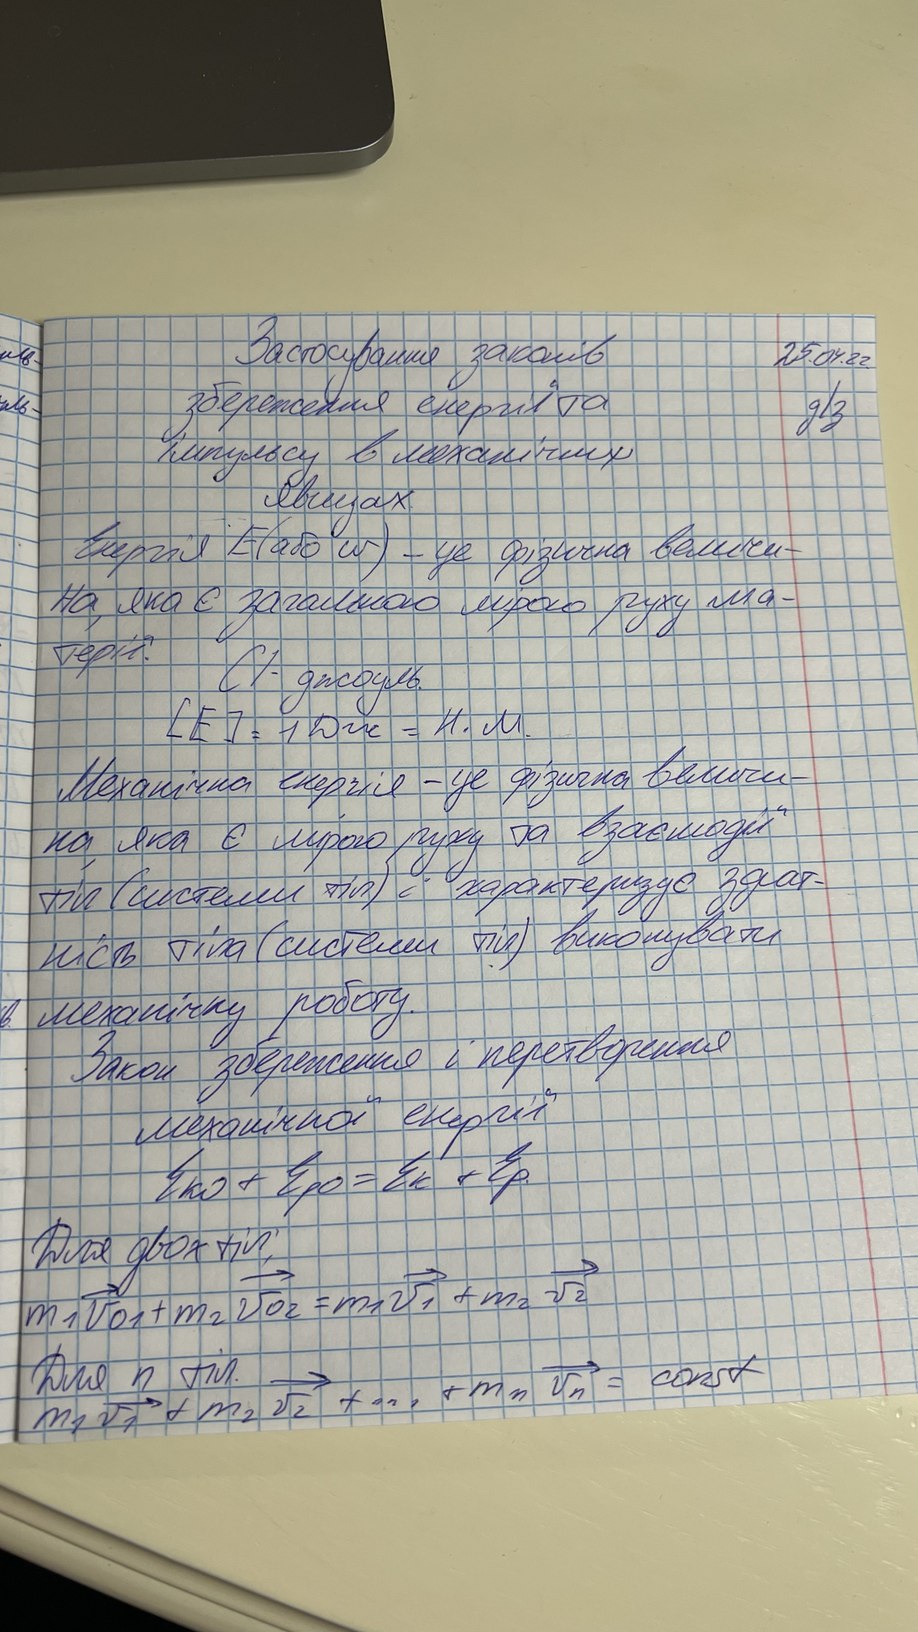
Застосування законів
иль-
25.04.22
збереження енергії та
ль-
д/з
імпульсу в механічних
явищах.
Енергія E (або w ) - це фізична величи-
на, яка є загалною мірою руху ма-
терії.
Сl - джоуль.
[E] = 1 Дж = Н.M.
Механічна енергія - це фізична величи-
на, яка є мірою руху та взаємодії
тіл (системи тіл) і характеризує здат-
нісь тіла (системи тіл) виконувати
механічну роботу.
в.
Закон збереження і перетворення
механічної енергії
Eко + Eро = Eк + Eр.
Для двох тіл:
m1 \vec{v}{01} + m2 \vec{v}{02} = m1 \vec{v}1 + m2 \vec{v}2
Для n тіл.
m1 \vec{v1} + m2 \vec{v2} + \cdots + mn \vec{vn} = const